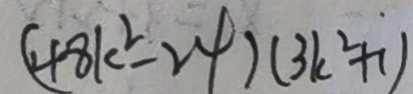
( 4 8 k ^ { 2 } - 2 4 ) ( 3 k ^ { 2 } + 1 )